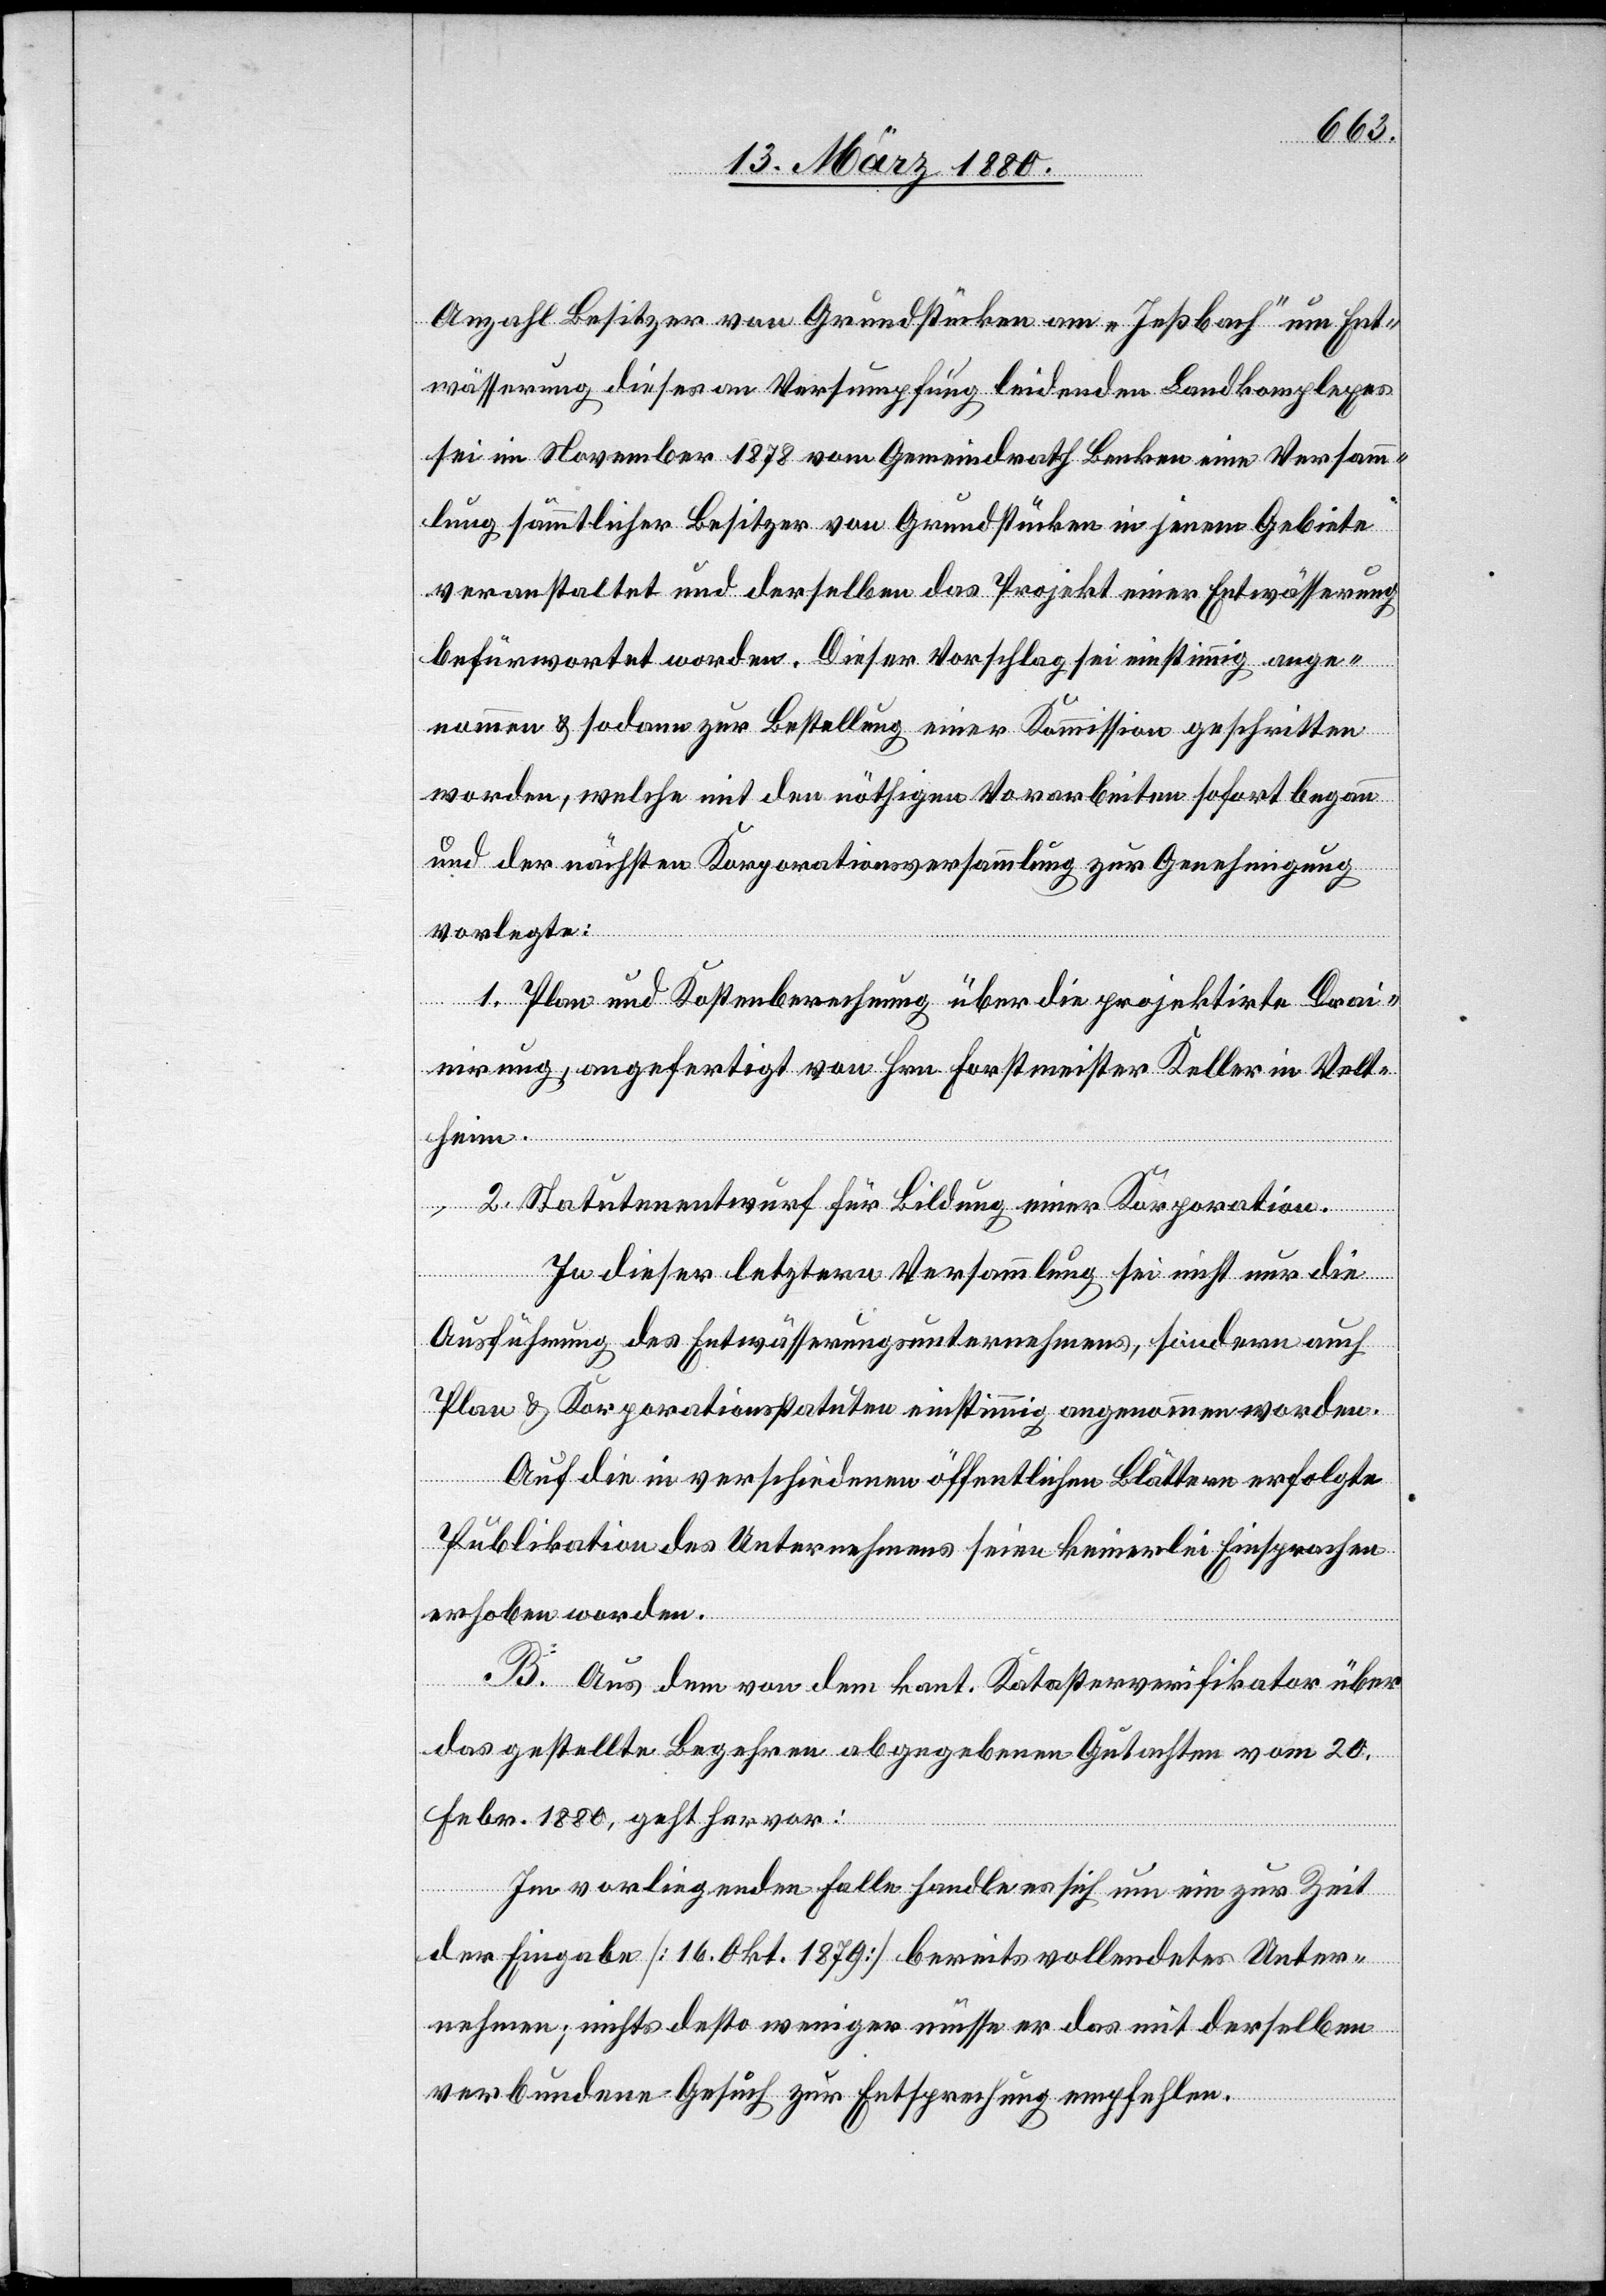
Anzahl Besitzer von Grundstücken am „Jeßbach“ um Ent¬
wässerung dieses an Versumpfung leidenden Landkomplexes
sei im November 1878 vom Gemeindrath Benken eine Versamm¬
lung sämmtlicher Besitzer von Grundstücken in jenem Gebiete
veranstaltet und [von] derselben das Projekt einer Entwässerung
befürwortet worden. Dieser Vorschlag sei einstimmig ange¬
nommen & sodann zur Bestellung einer Kommission geschritten
worden, welche mit den nöthigen Vorarbeiten sofort begann
und der nächsten Korporationsversammlung zur Genehmigung
vorlegte:
1. Plan und Kostenberechnung über die projektirte Drai¬
nirung, angefertigt von Hrn. Forstmeister Keller in Velt¬
heim.
2. Statutenentwurf für Bildung einer Korporation.
In dieser letztern Versammlung sei nicht nur die
Ausführung des Entwässerungsunternehmens, sondern auch
Plan & Korporationsstatuten einstimmig angenommen worden.
Auf die in verschiedenen öffentlichen Blättern erfolgte
Publikation des Unternehmens seien keinerlei Einsprachen
erhoben worden.
B. Aus dem von dem kant. Katasterverifikator über
das gestellte Begehren abgegebenen Gutachten vom 20.
Febr. 1880 geht hervor:
Im vorliegenden Falle handle es sich um ein zur Zeit
der Eingabe [16. Okt. 1879] bereits vollendetes Unter¬
nehmen; nichts desto weniger müsse er das mit derselben
verbundene Gesuch zur Entsprechung empfehlen.